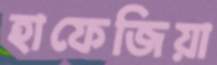
হাফেজিয়া